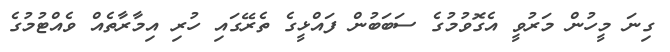
ގިނަ މީހުން މަރުވީ އެގޮވުމުގެ ސަބަބުން ފައްޅީގެ ތެރޭގައި ހުރި އިމާރާތެއް ވެއްޓުމުގެ